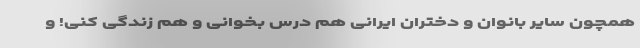
همچون سایر بانوان و دختران ایرانی هم درس بخوانی و هم زندگی کنی! و